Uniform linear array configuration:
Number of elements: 64
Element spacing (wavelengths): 0.5
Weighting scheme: binomial
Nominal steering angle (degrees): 60
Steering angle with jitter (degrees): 60.098
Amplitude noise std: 0.05
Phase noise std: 0.05

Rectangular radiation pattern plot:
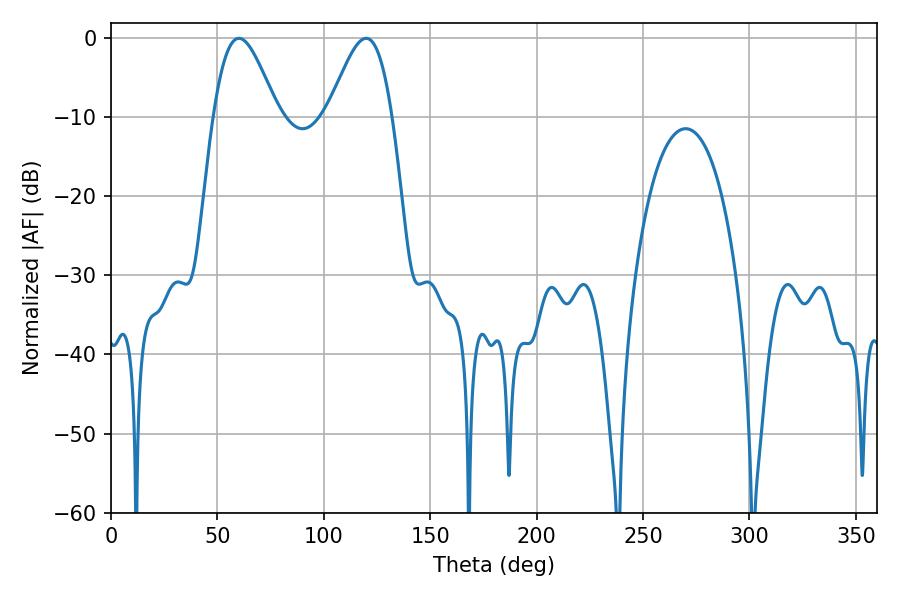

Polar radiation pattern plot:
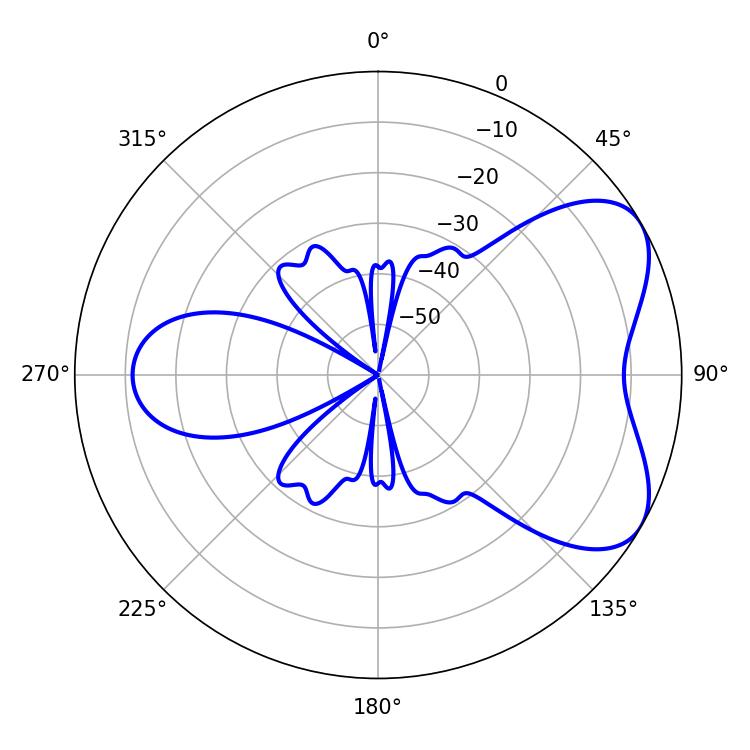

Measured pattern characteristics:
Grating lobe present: FALSE
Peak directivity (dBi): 5.701
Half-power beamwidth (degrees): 16.02
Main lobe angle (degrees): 60.12